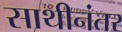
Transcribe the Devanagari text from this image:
साथीनंतर